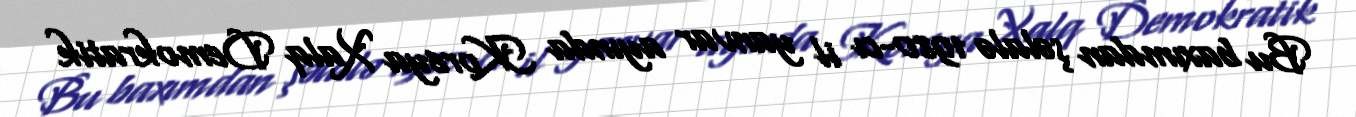
Bu baxımdan şəlalə 1980-cı il yanvar ayında Koreya Xalq Demokratik